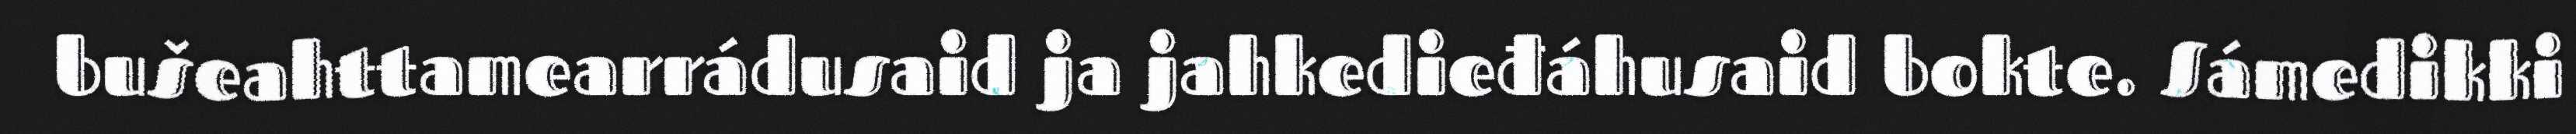
bušeahttamearrádusaid ja jahkedieđáhusaid bokte. Sámedikki